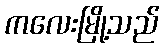
ကလေးမြို့သည်